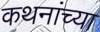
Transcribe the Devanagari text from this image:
कथनांच्या